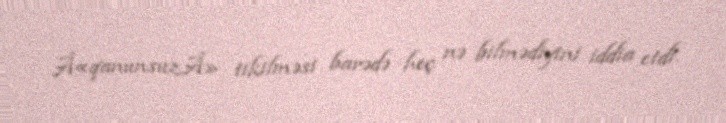
Â«qanunsuzÂ» tikilməsi barədə heç nə bilmədiyini iddia etdi.